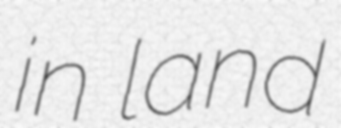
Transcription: in land